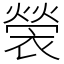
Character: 褮